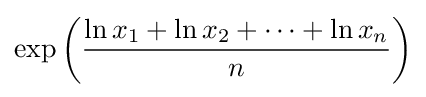
\exp \left({\frac {\ln {x_{1}}+\ln {x_{2}}+\cdots +\ln {x_{n}}}{n}}\right)